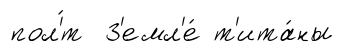
пол'́т З'емл'е́ т'ита́ны